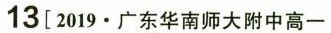
13 [ 2019 \bullet 广东华南师大附中高一